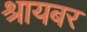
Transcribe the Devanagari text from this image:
श्रायबर